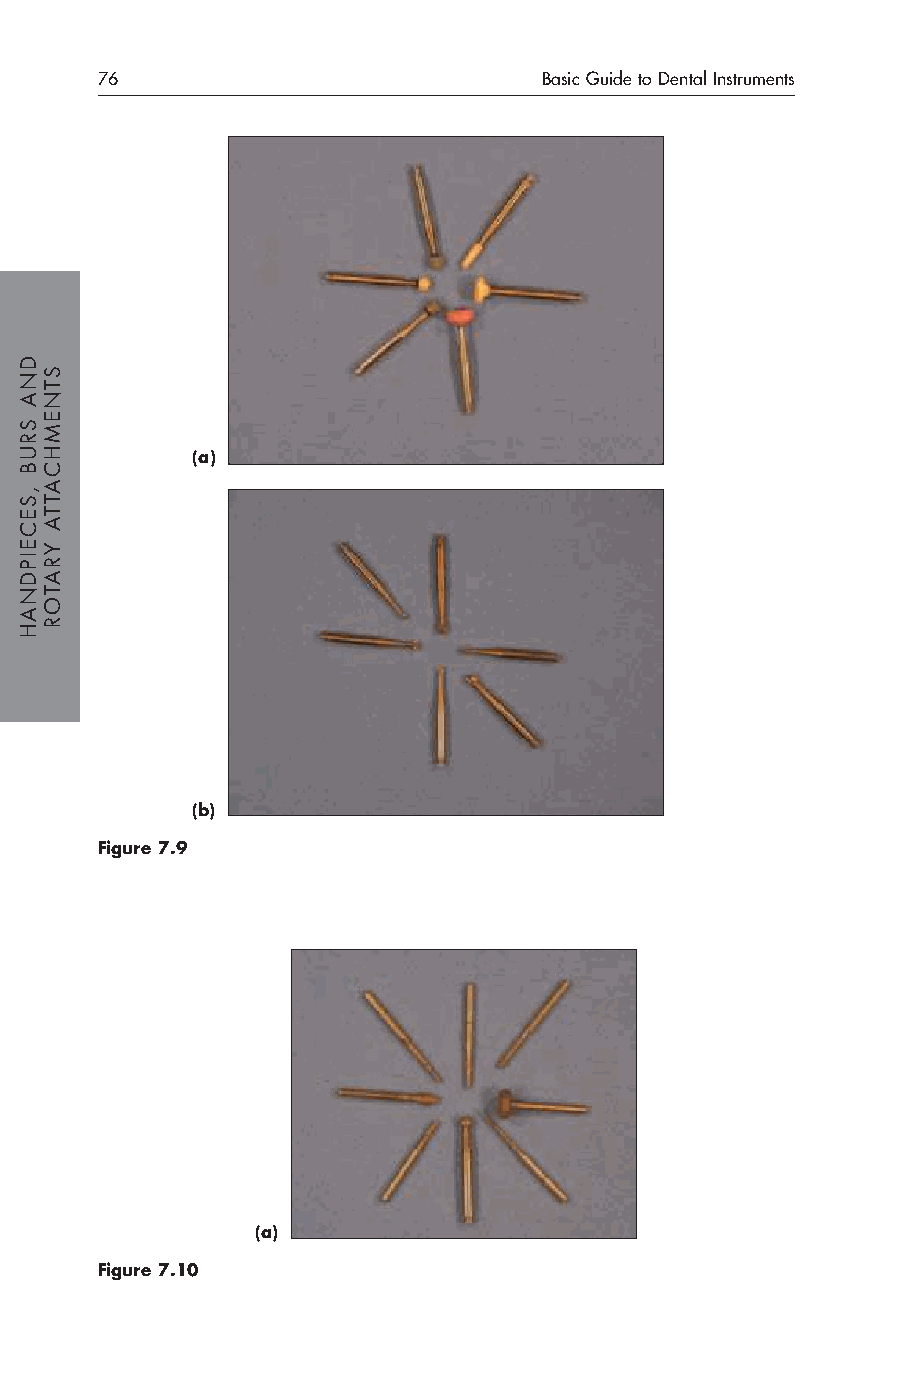
76                            Basic Guide to Dental Instruments
 (a)
 (b)
 Figure 7.9
 (a)
 Figure 7.10
 DNA
 SRUB
 ,SECEIPDNAH
 STNEMHCATTA
 YRATOR